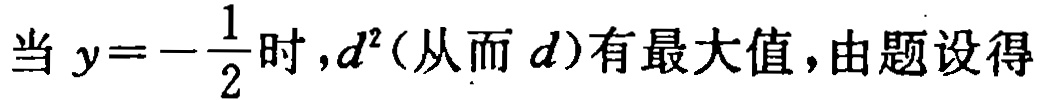
当 \(y = -\frac{1}{2}\) 时，\(d^{2}\)（从而 \(d\)）有最大值，由题设得